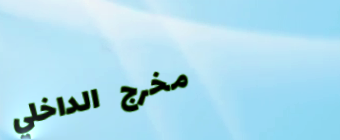
مخرج الداخلي